Report of the King Institute of Preventive Medicine, Guindy
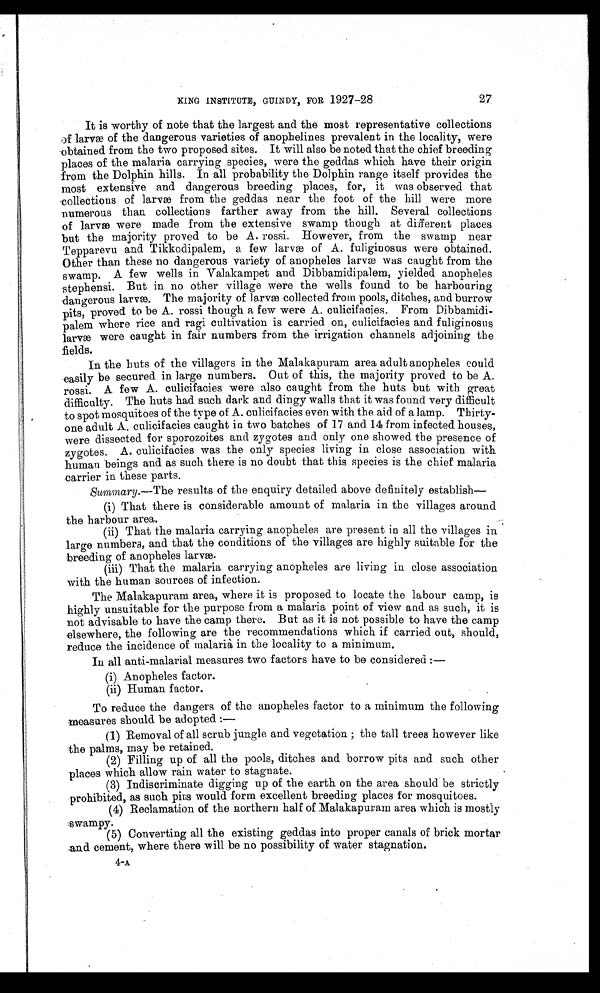
27
K I N G I N S T I T U T E , G U I N D Y , F O R
1 9 2 7 - 2 8
It is worthy of note that the largest and the most representative collections
of larvæ of the dangerous varieties of anophelines prevalent in the locality, were
obtained from the two proposed sites. It will also be noted that the chief breeding
places of the malaria carrying species, were the geddas which have their origin
from the Dolphin hills. In all probability the Dolphin range itself provides the
most extensive and dangerous breeding places, for, it was observed that
collections of larvæ from the geddas near the foot of the hill were more
numerous than collections farther away from the hill. Several collections
of larvæ were made from the extensive swamp though at different places
but the majority proved to be A. rossi. However, from the swamp near
Tepparevu and Tikkodipalem, a few larvæ of A. fuliginosus were obtained.
Other than these no dangerous variety of anopheles larvæ was caught from the
swamp. A few wells in Valakampet and Dibbamidipalem, yielded anopheles
stephensi. But in no other village were the wells found to be harbouring
dangerous larvæ. The majority of larvæ collected from pools, ditches, and burrow
pits, proved to be A. rossi though a few were A. culicifacies. From Dibbamidi-
palem where rice and ragi cultivation is carried on, culicifacies and fuliginosus
larvæ were caught in fair numbers from the irrigation channels adjoining the
fields.
In the huts of the villagers in the Malakapuram area adult anopheles could
easily be secured in large numbers. Out of this, the majority proved to be A.
rossi. A few A. culicifacies were also caught from the huts but with great
difficulty. The huts had such dark and dingy walls that it was found very difficult
to spot mosquitoes of the type of A. culicifacies even with the aid of a lamp. Thirty-
one adult A. culicifacies caught in two batches of 17 and 14 from infected houses,
were dissected for sporozoites and zygotes and only one showed the presence of
zygotes. A. culicifacies was the only species living in close association with
human beings and as such there is no doubt that this species is the chief malaria
carrier in these parts.
Summary .—The results of the enquiry detailed above definitely establish
—
(i) That there is considerable amount of malaria in the villages around
the harbour area.
(ii) That the malaria carrying anopheles are present in all the villages in
large numbers, and that the conditions of the villages are highly suitable for the
breeding of anopheles larvæ.
(iii) That the malaria carrying anopheles are living in close association
with the human sources of infection.
The Malakapuram area, where it is proposed to locate the labour camp, is
highly unsuitable for the purpose from a malaria point of view and as such, it is
not advisable to have the camp there. But as it is not possible to have the camp
elsewhere, the following are the recommendations which if carried out, should,
reduce the incidence of malaria in the locality to a minimum.
In all anti-malarial measures two factors have to be considered :—
(1) Anophel es fact or.
( 2) Human f act or .
To reduce the dangers of the anopheles factor to a minimum the following
measures should be adopted :
—
(1) Removal of all scrub jungle and vegetation ; the tall trees however like
the palms, may be retained.
(2) Filling up of all the pools, ditches and borrow pits and such other
places which allow rain water to stagnate.
(3) Indiscriminate digging up of the earth on the area should be strictly
prohibited, as such pits would form excellent breeding places for mosquitoes.
(4) Reclamation of the northern half of Malakapuram area which is mostly
swampy.
(5) Converting all the existing geddas into proper canals of brick mortar
and cement, where there will be no possibility of water stagnation.
4-A